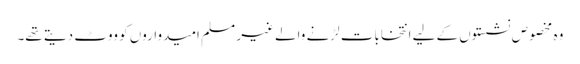
وہ مخصوص نشستوں کے لیے انتخابات لڑنے والے غیر مسلم امیدواروں کو ووٹ دیتے تھے۔